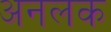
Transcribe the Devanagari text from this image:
अनलक